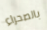
بالصحراء